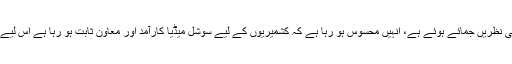
اور اب سوشل میڈیا پر بھارت اپنی نظریں جمائے ہوئے ہے، انہیں محسوس ہو رہا ہے کہ کشمیریوں کے لیے سوشل میڈیا کارآمد اور معاون ثابت ہو رہا ہے اس لیے اس پر پابندی عائد کرنی چاہیے۔